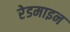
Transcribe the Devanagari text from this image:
रेडमाइन